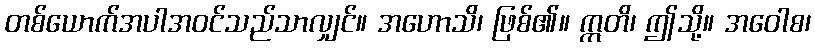
တစ်ယောက်အပါအဝင်သည်သာလျှင်။ အဟောသိ၊ ဖြစ်၏။ ဣတိ၊ ဤသို့။ အဝေါစ၊